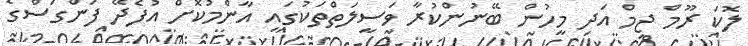
ލޮކަ ރޫމް ޖިމް އަދި މީހުން ބޭނުންކުރާ ވަސީލަތްތަކުގައި އާންމުކޮށް އުފެދޭ ފަންގަސްގެ